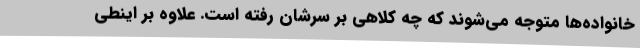
خانواده‌ها متوجه می‌شوند که چه کلاهی بر سرشان رفته است. علاوه بر اینطی